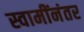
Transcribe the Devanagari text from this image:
स्वामींनंतर